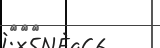
١٠٥